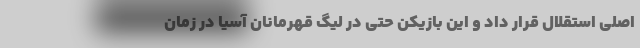
اصلی استقلال قرار داد و این بازیکن حتی در لیگ قهرمانان آسیا در زمان